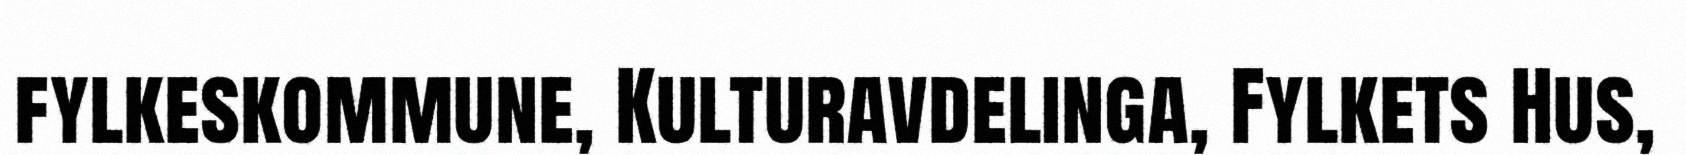
fylkeskommune, Kulturavdelinga, Fylkets Hus,